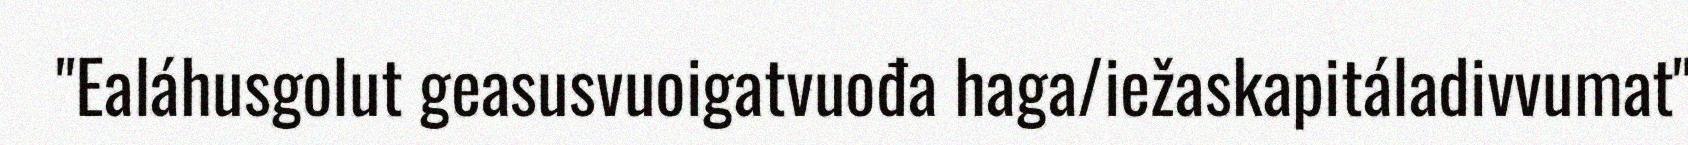
"Ealáhusgolut geasusvuoigatvuođa haga/iežaskapitáladivvumat"